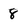
Character: 8